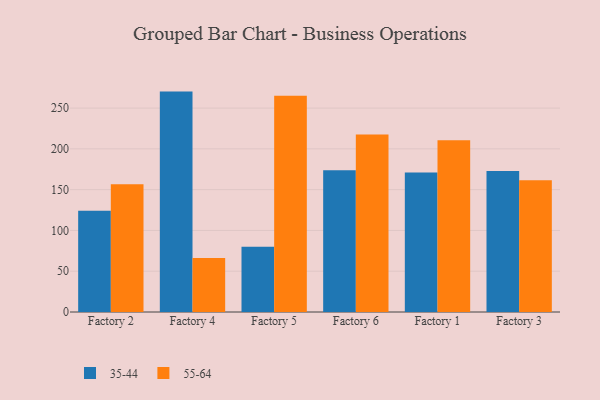
{"axis": {"x": "Factory", "y": "Operating Costs (USD K)"}, "legend": ["35-44", "55-64"], "data": [{"x": "Factory 2", "y": 124.2, "type": "35-44"}, {"x": "Factory 2", "y": 156.6, "type": "55-64"}, {"x": "Factory 4", "y": 270.2, "type": "35-44"}, {"x": "Factory 4", "y": 66.2, "type": "55-64"}, {"x": "Factory 5", "y": 80.0, "type": "35-44"}, {"x": "Factory 5", "y": 265.2, "type": "55-64"}, {"x": "Factory 6", "y": 173.8, "type": "35-44"}, {"x": "Factory 6", "y": 217.6, "type": "55-64"}, {"x": "Factory 1", "y": 171.1, "type": "35-44"}, {"x": "Factory 1", "y": 210.5, "type": "55-64"}, {"x": "Factory 3", "y": 173.0, "type": "35-44"}, {"x": "Factory 3", "y": 161.5, "type": "55-64"}]}